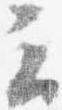
云